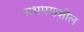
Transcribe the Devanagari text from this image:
अभ्रमणशील